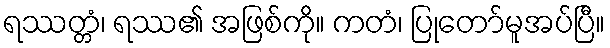
ရဿတ္တံ၊ ရဿ၏ အဖြစ်ကို။ ကတံ၊ ပြုတော်မူအပ်ပြီ။